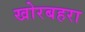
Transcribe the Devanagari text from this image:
खोरबहरा